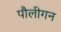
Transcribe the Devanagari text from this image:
पौलीगन